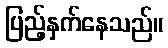
ပြည့်နှက်နေသည်။